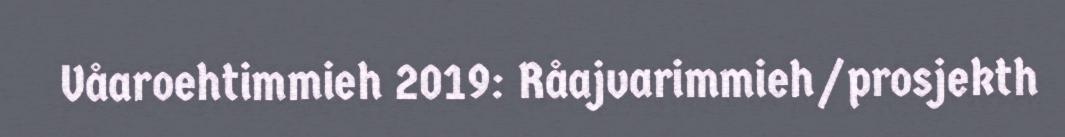
Våaroehtimmieh 2019: Råajvarimmieh/prosjekth